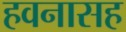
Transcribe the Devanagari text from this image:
हवनासह